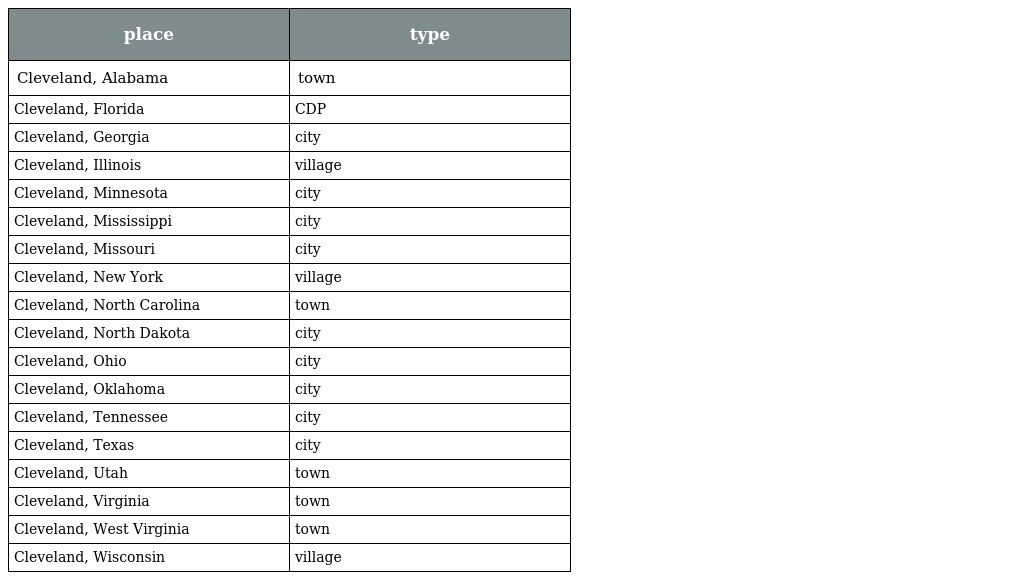
| place | type |
 | --- | --- |
 | Cleveland, Alabama | town |
 | Cleveland, Florida | CDP |
 | Cleveland, Georgia | city |
 | Cleveland, Illinois | village |
 | Cleveland, Minnesota | city |
 | Cleveland, Mississippi | city |
 | Cleveland, Missouri | city |
 | Cleveland, New York | village |
 | Cleveland, North Carolina | town |
 | Cleveland, North Dakota | city |
 | Cleveland, Ohio | city |
 | Cleveland, Oklahoma | city |
 | Cleveland, Tennessee | city |
 | Cleveland, Texas | city |
 | Cleveland, Utah | town |
 | Cleveland, Virginia | town |
 | Cleveland, West Virginia | town |
 | Cleveland, Wisconsin | village |